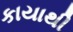
કાયાથી